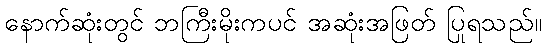
နောက်ဆုံးတွင် ဘကြီးမိုးကပင် အဆုံးအဖြတ် ပြုရသည်။